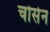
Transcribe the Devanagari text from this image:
चोसेन